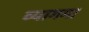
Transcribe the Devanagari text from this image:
व्यागमा